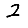
Digit: 2